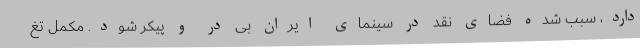
دارد، سبب شده فضای نقد در سینمای ایران بی در و پیکر شود. مکمل‌ تغ